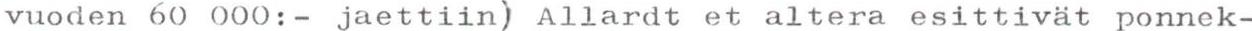
vuoden 60 000:- jaettiin) Allardt et altera esittivät ponnek-